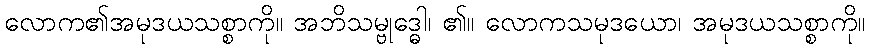
လောက၏အမုဒယသစ္စာကို။ အဘိသမ္ဗုဒ္ဓေါ၊ ၏။ လောကသမုဒယော၊ အမုဒယသစ္စာကို။